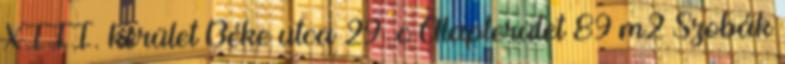
XIII. kerület Béke utca 29 c Alapterület 89 m2 Szobák